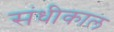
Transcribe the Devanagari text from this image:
संधीकाल